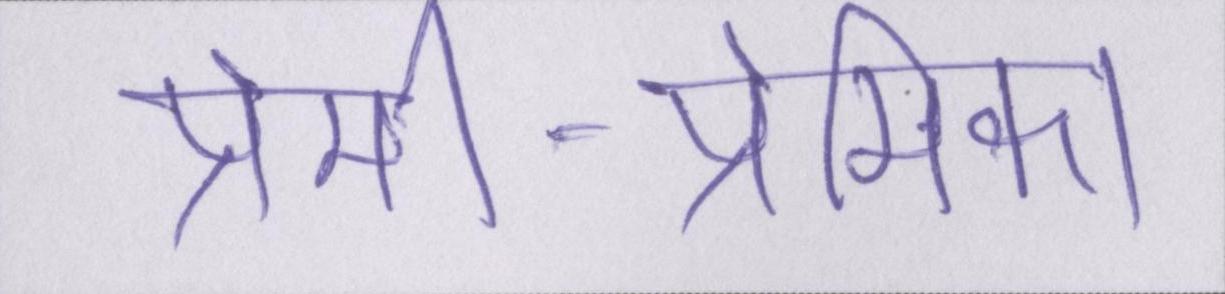
प्रेमी-प्रेमिका